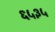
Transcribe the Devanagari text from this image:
६५३५